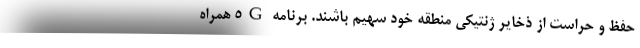
حفظ و حراست از ذخایر ژنتیکی منطقه خود سهیم باشند. برنامه 5G همراه